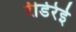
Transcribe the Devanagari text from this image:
रीडेरेई